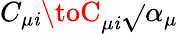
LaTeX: C_{\mu\mathit{i}}\toC_{\mu\mathit{i}}\sqrt{}{{\alpha_{\mu}}}